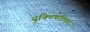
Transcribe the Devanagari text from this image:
युक्तिषष्टिका